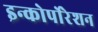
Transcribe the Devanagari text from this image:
इन्कोर्पाेरेशन